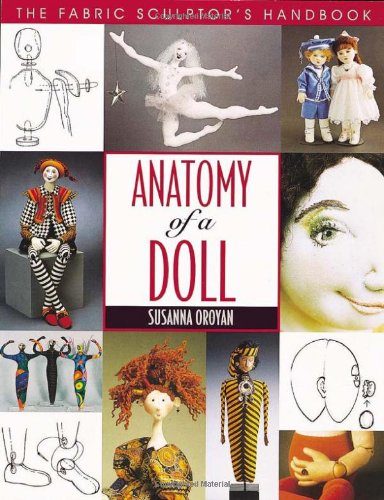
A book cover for Anatomy of a Doll: The Fabric Sculptor's Handbook; Susanna Oroyan; Crafts, Hobbies & Home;